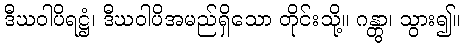
ဒီဃဝါပိရဋ္ဌံ၊ ဒီဃဝါပိအမည်ရှိသော တိုင်းသို့။ ဂန္တွာ၊ သွား၍။